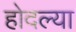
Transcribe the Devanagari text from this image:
होदल्या